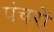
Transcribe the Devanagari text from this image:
पंचरों